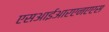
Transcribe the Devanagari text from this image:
एसआईआरएनएएस